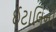
ઈટાલિનો